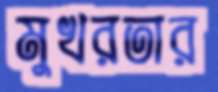
মুখরতার